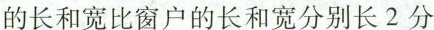
的长和宽比窗户的长和宽分别长2分